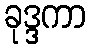
ခုဒ္ဒကာ